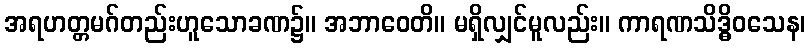
အရဟတ္တမဂ်တည်းဟူသောခဏ၌။ အဘာဝေတိ။ မရှိလျှင်မူလည်း။ ကာရဏသိဒ္ဓိဝသေန၊